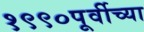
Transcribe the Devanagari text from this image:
१९९०पूर्वीच्या